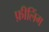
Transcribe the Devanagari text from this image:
फ़ीलिंग